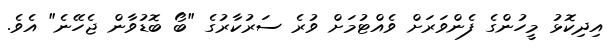
އިދިކޮޅު މީހުންގެ ފެންވަރަށް ވެއްޓުމަށް ވުރެ ސަރުކާރުގެ "ބޯ ބޮޑުވާން ޖެހޭނެ" އެވެ.